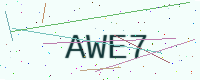
Text: AWE7